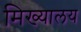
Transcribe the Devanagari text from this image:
मिख्यालय